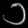
Digit: ၁